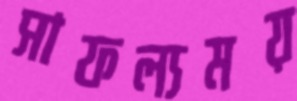
সাফল্যময়